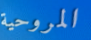
المروحية